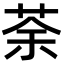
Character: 荼